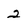
Character: 2